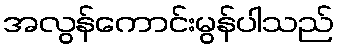
အလွန်ကောင်းမွန်ပါသည်